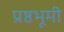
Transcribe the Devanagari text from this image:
प्रष्ठभूमी